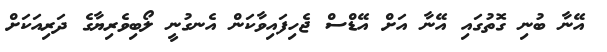
އޭނާ ބުނި ގޮތުގައި އޭނާ އަށް އޭޑްސް ޖެހިފައިވާކަން އެނގުނީ ލޯބިވެރިޔާގެ ދަރިއަަކަށް